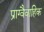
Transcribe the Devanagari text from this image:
प्राग्वैवाहिक